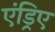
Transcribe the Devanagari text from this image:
एंड्रिए